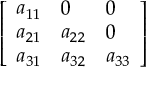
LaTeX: \left[ \begin{array} { l l l } { a _ { 1 1 } } & { 0 } & { 0 } \\ { a _ { 2 1 } } & { a _ { 2 2 } } & { 0 } \\ { a _ { 3 1 } } & { a _ { 3 2 } } & { a _ { 3 3 } } \end{array} \right]